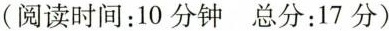
(阅读时间：10分钟 总分：17分)